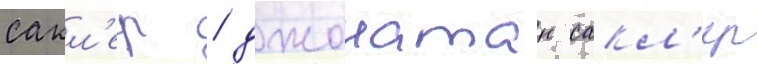
сакл'ер / джонатан сакл'ер